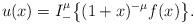
LaTeX: \begin{align*} u(x)=I_-^\mu \big\{(1+x)^{-\mu} f(x)\big\}. \end{align*}